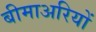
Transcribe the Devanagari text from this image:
बीमाअरियों